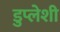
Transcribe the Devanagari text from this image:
डुप्लेशी